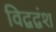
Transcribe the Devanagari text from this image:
विद्वद्वंश